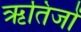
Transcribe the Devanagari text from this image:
ऋतिजों